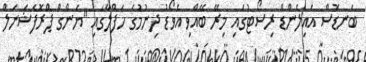
ބަނޑޮސް އައިލެންޑް ރިސޯޓުގައި މިރޭ ބޭއްވި އެވޯޑު ދިނުމުގެ ހަފްލާގައި "ޔަންގް ޕްރޮފެޝަނަލް